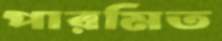
পারমিত